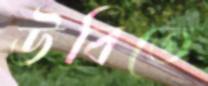
উবিতে